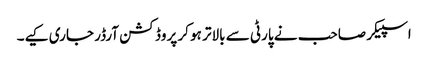
اسپیکر صاحب نے پارٹی سے بالاتر ہو کر پروڈکشن آرڈر جاری کیے۔